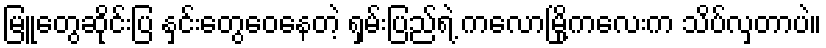
မြူတွေဆိုင်းပြ နှင်းတွေဝေနေတဲ့ ရှမ်းပြည်ရဲ့ ကလောမြို့ကလေးက သိပ်လှတာပဲ။